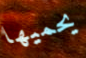
يحميها